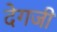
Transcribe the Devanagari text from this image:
देगजी